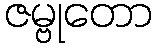
ဇမ္ဗုတော